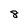
Character: 8